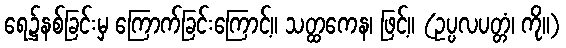
ရေ၌နစ်ခြင်းမှ ကြောက်ခြင်းကြောင့်။ သတ္ထကေန၊ ဖြင့်။ (ဥပ္ပလပတ္တံ၊ ကို။)